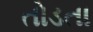
તોડતા